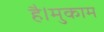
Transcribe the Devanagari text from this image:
है।मुकाम